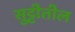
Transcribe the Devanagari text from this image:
सुट्टीतील